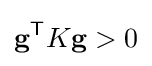
\mathbf {g} ^{\mathsf {T}}K\mathbf {g} >0